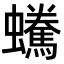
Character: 𧔟